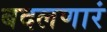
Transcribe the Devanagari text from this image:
बदलणारं